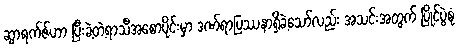
ဆွာရက်ဇ်ဟာ ပြီးခဲ့တဲ့ရာသီအစောပိုင်းမှာ ဒဏ်ရာပြဿနာရှိခဲ့သော်လည်း အသင်းအတွက် ပြိုင်ပွဲစုံ